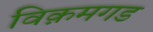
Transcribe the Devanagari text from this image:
विक़मगड